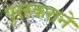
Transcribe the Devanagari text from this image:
पुरस्कराने